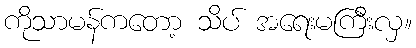
ကိုသာမန်ကတော့ သိပ် အရေးမကြီးလှ။